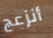
أنزعج